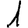
Digit: 1